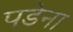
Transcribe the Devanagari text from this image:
पडेना